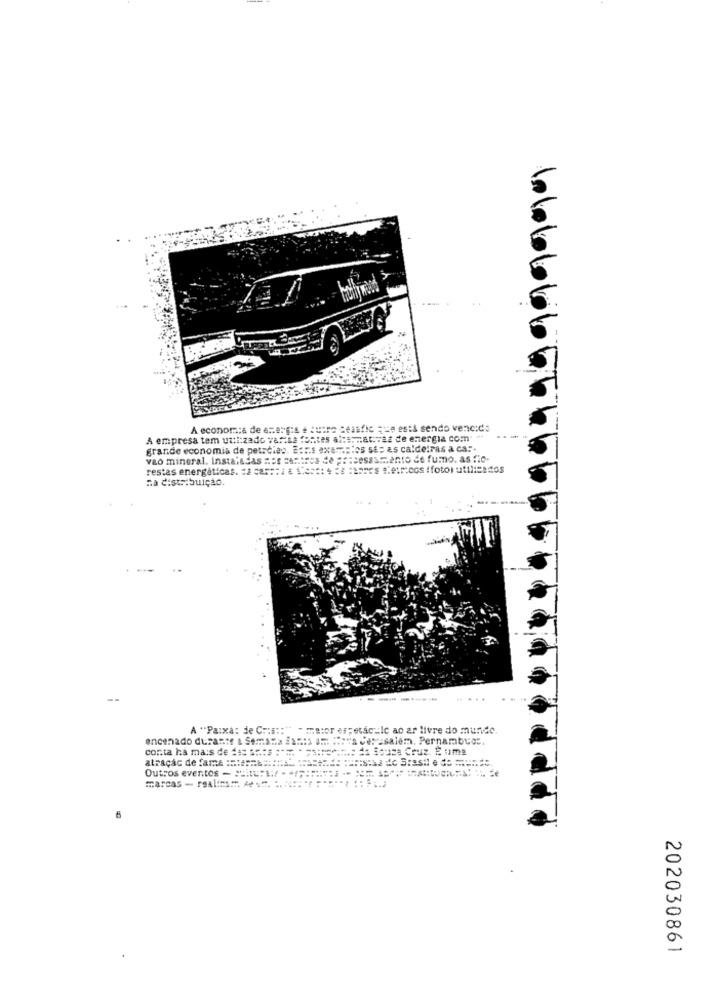
60166666
A economia de energ:s é sutra ceasfic ;ca está sendo vencido
A empresa tem uti:zado varias fontes alternativas de energia com" "
grande economia de petrcies. E:ris exemplos si: as caldeiras a ca :-
vao mineral. instaladas ser centres de :: cessacanto de fumo. as fio-
restes energéticas.
na distribuição.
---------
.....
A "Paixa: de C :::: " - maior espetactic ao ar livre do mundo.
encenado duras:r & Semana assis om ::: va cesasalem. Pernambuor
conta ha mais de 14: **** **** * * atrocities da Souza Cruz. E uma
atracic de fama ======.......
5:asil e do mundo.
Outros eventos -: : :=======
202030861